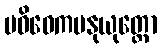
ပဝိဝေကမနုယုတ္တော